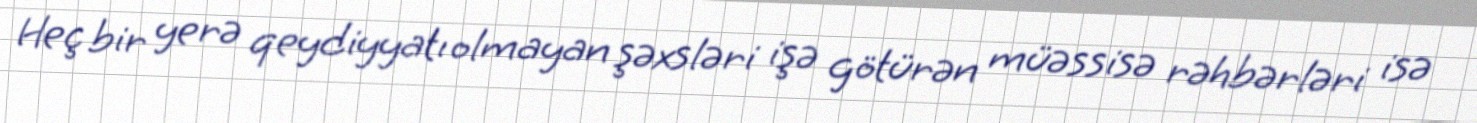
Heç bir yerə qeydiyyatı olmayan şəxsləri işə götürən müəssisə rəhbərləri isə